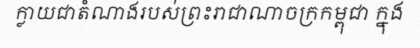
ក្លាយជាតំណាងរបស់ព្រះរាជាណាចក្រកម្ពុជា ក្នុង